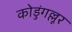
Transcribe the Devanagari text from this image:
कोडुंगल्लूर